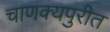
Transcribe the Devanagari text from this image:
चाणक्यपुरीत